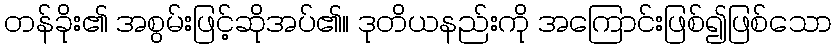
တန်ခိုး၏ အစွမ်းဖြင့်ဆိုအပ်၏။ ဒုတိယနည်းကို အကြောင်းဖြစ်၍ဖြစ်သော